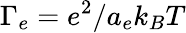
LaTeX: \Gamma_{e}=e^{2}/a_{e}k_{B}T